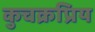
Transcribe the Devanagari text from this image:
कुचक्रप्रिय